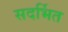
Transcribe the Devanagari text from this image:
सदर्भित